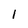
Character: 1